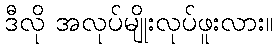
ဒီလို အလုပ်မျိုးလုပ်ဖူးလား။